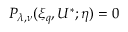
P _ { \lambda , \nu } ( \xi _ { q } , U ^ { \ast } ; \eta ) = 0